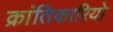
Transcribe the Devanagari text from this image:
क्रांतिकारियो